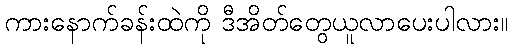
ကားနောက်ခန်းထဲကို ဒီအိတ်တွေယူလာပေးပါလား။